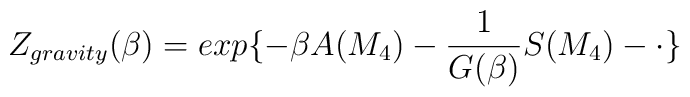
Z_{gravity}(\beta) = exp\{ -\beta A(M_4) - \frac{1}{G(\beta)}S(M_4)-\cdot \}